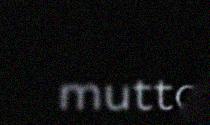
mutto